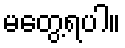
မတွေ့ရပါ။